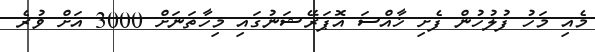
މެއި މަހު ފުލުހުން ފެށި ޚާއްސަ އޮޕަރޭޝަނުގައި މިހާތަނަށް 3000 އަށް ވުރެ